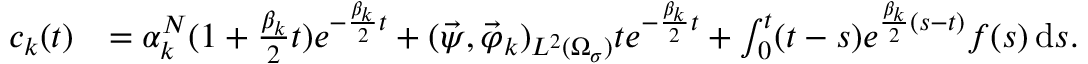
\begin{array} { r l } { c _ { k } ( t ) } & { = \alpha _ { k } ^ { N } ( 1 + \frac { \beta _ { k } } { 2 } t ) e ^ { - \frac { \beta _ { k } } { 2 } t } + ( \vec { \psi } , \vec { \varphi } _ { k } ) _ { L ^ { 2 } ( \Omega _ { \sigma } ) } t e ^ { - \frac { \beta _ { k } } { 2 } t } + \int _ { 0 } ^ { t } ( t - s ) e ^ { \frac { \beta _ { k } } { 2 } ( s - t ) } f ( s ) \, \mathrm d s . } \end{array}